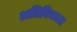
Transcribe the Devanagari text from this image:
अतिरिकत्त